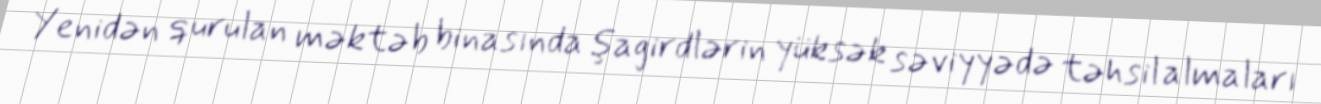
Yenidən qurulan məktəb binasında şagirdlərin yüksək səviyyədə təhsil almaları